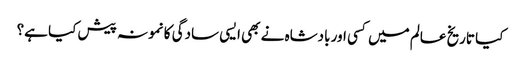
کیا تاریخ عالم میں کسی اور بادشاہ نے بھی ایسی سادگی کا نمونہ پیش کیا ہے؟